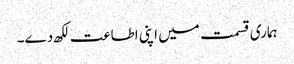
ہماری قسمت میں اپنی اطاعت لکھ دے۔